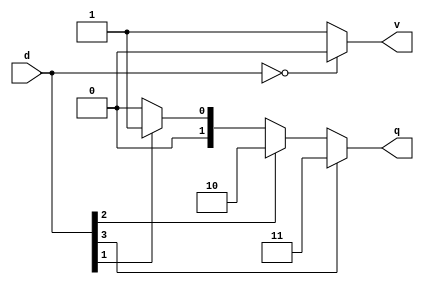

module prio_enc1_4to2 (
    input [3:0] d,
    output reg [1:0] q,
    output reg v
    );
  
    // Decode the priority of the set bits
    always @(*) begin
        if (d[3])
            q = 2'd3;
        else if (d[2])
            q = 2'd2;
        else if (d[1])
            q = 2'd1;
        else
            q = 2'd0;
    end
  
    // Valid is asserted when any bit is set
    always @(*) begin
        if (!d)
            v = 0;
        else
            v = 1;
    end  
  
endmodule


`timescale 1us/1ns
module tb_prio_enc1_4to2();
	
    reg [3:0] d;   // DUT variables
    wire v;
    wire [1:0] q;
    integer i;     // testbench variable
	
    // Instantiate the DUT 
    prio_enc1_4to2 PRENC(
        .d(d),
        .q(q),
        .v(v)
    );
  
    // Create stimulus
    initial begin
        $monitor($time, " d = %b, q = %d, v = %d", d, q, v);
        #1; d = 0; 
        for (i = 0; i<4; i=i+1) begin
            #1; d = (1 << i);
        end
		// Check the priority
        #1; d = 4'b1111;
        #1; d = 4'b1001;
        #1; d = 4'b0101;
		#1; d = 4'b0000;
		#1; $stop;
    end
  
endmodule